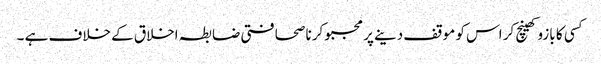
کسی کا بازو کھینچ کر اس کو موقف دینے پر مجبو کرنا صحافتی ضابطہ اخلاق کے خلاف ہے ۔